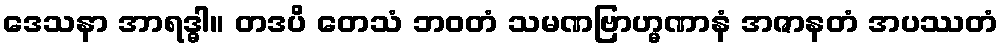
ဒေသနာ အာရဒ္ဓါ။ တဒပိ တေသံ ဘဝတံ သမဏဗြာဟ္မဏာနံ အဇာနတံ အပဿတံ